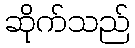
ဆိုက်သည်